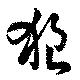
狼